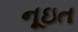
નૂઇત